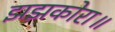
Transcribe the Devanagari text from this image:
झझकोरा॥